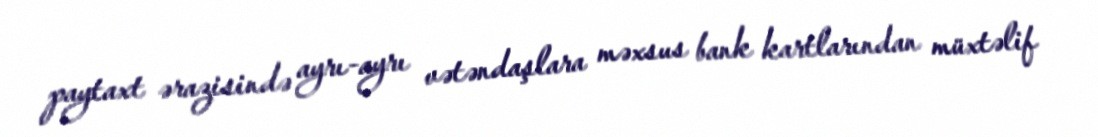
paytaxt ərazisində ayrı-ayrı vətəndaşlara məxsus bank kartlarından müxtəlif